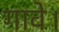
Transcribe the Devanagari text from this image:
गावे।